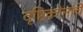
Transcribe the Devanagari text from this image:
दृष्टिकोनांचे